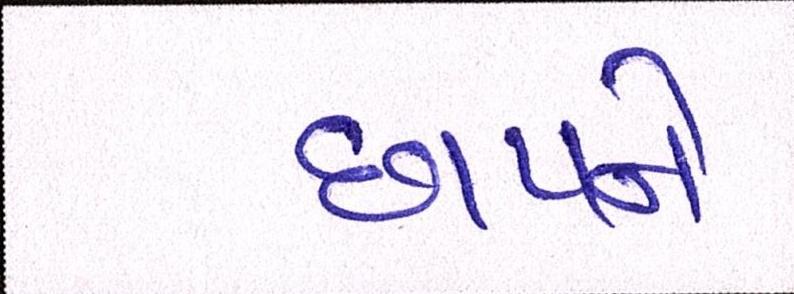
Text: છાપને